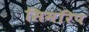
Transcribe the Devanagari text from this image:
सिमरिप